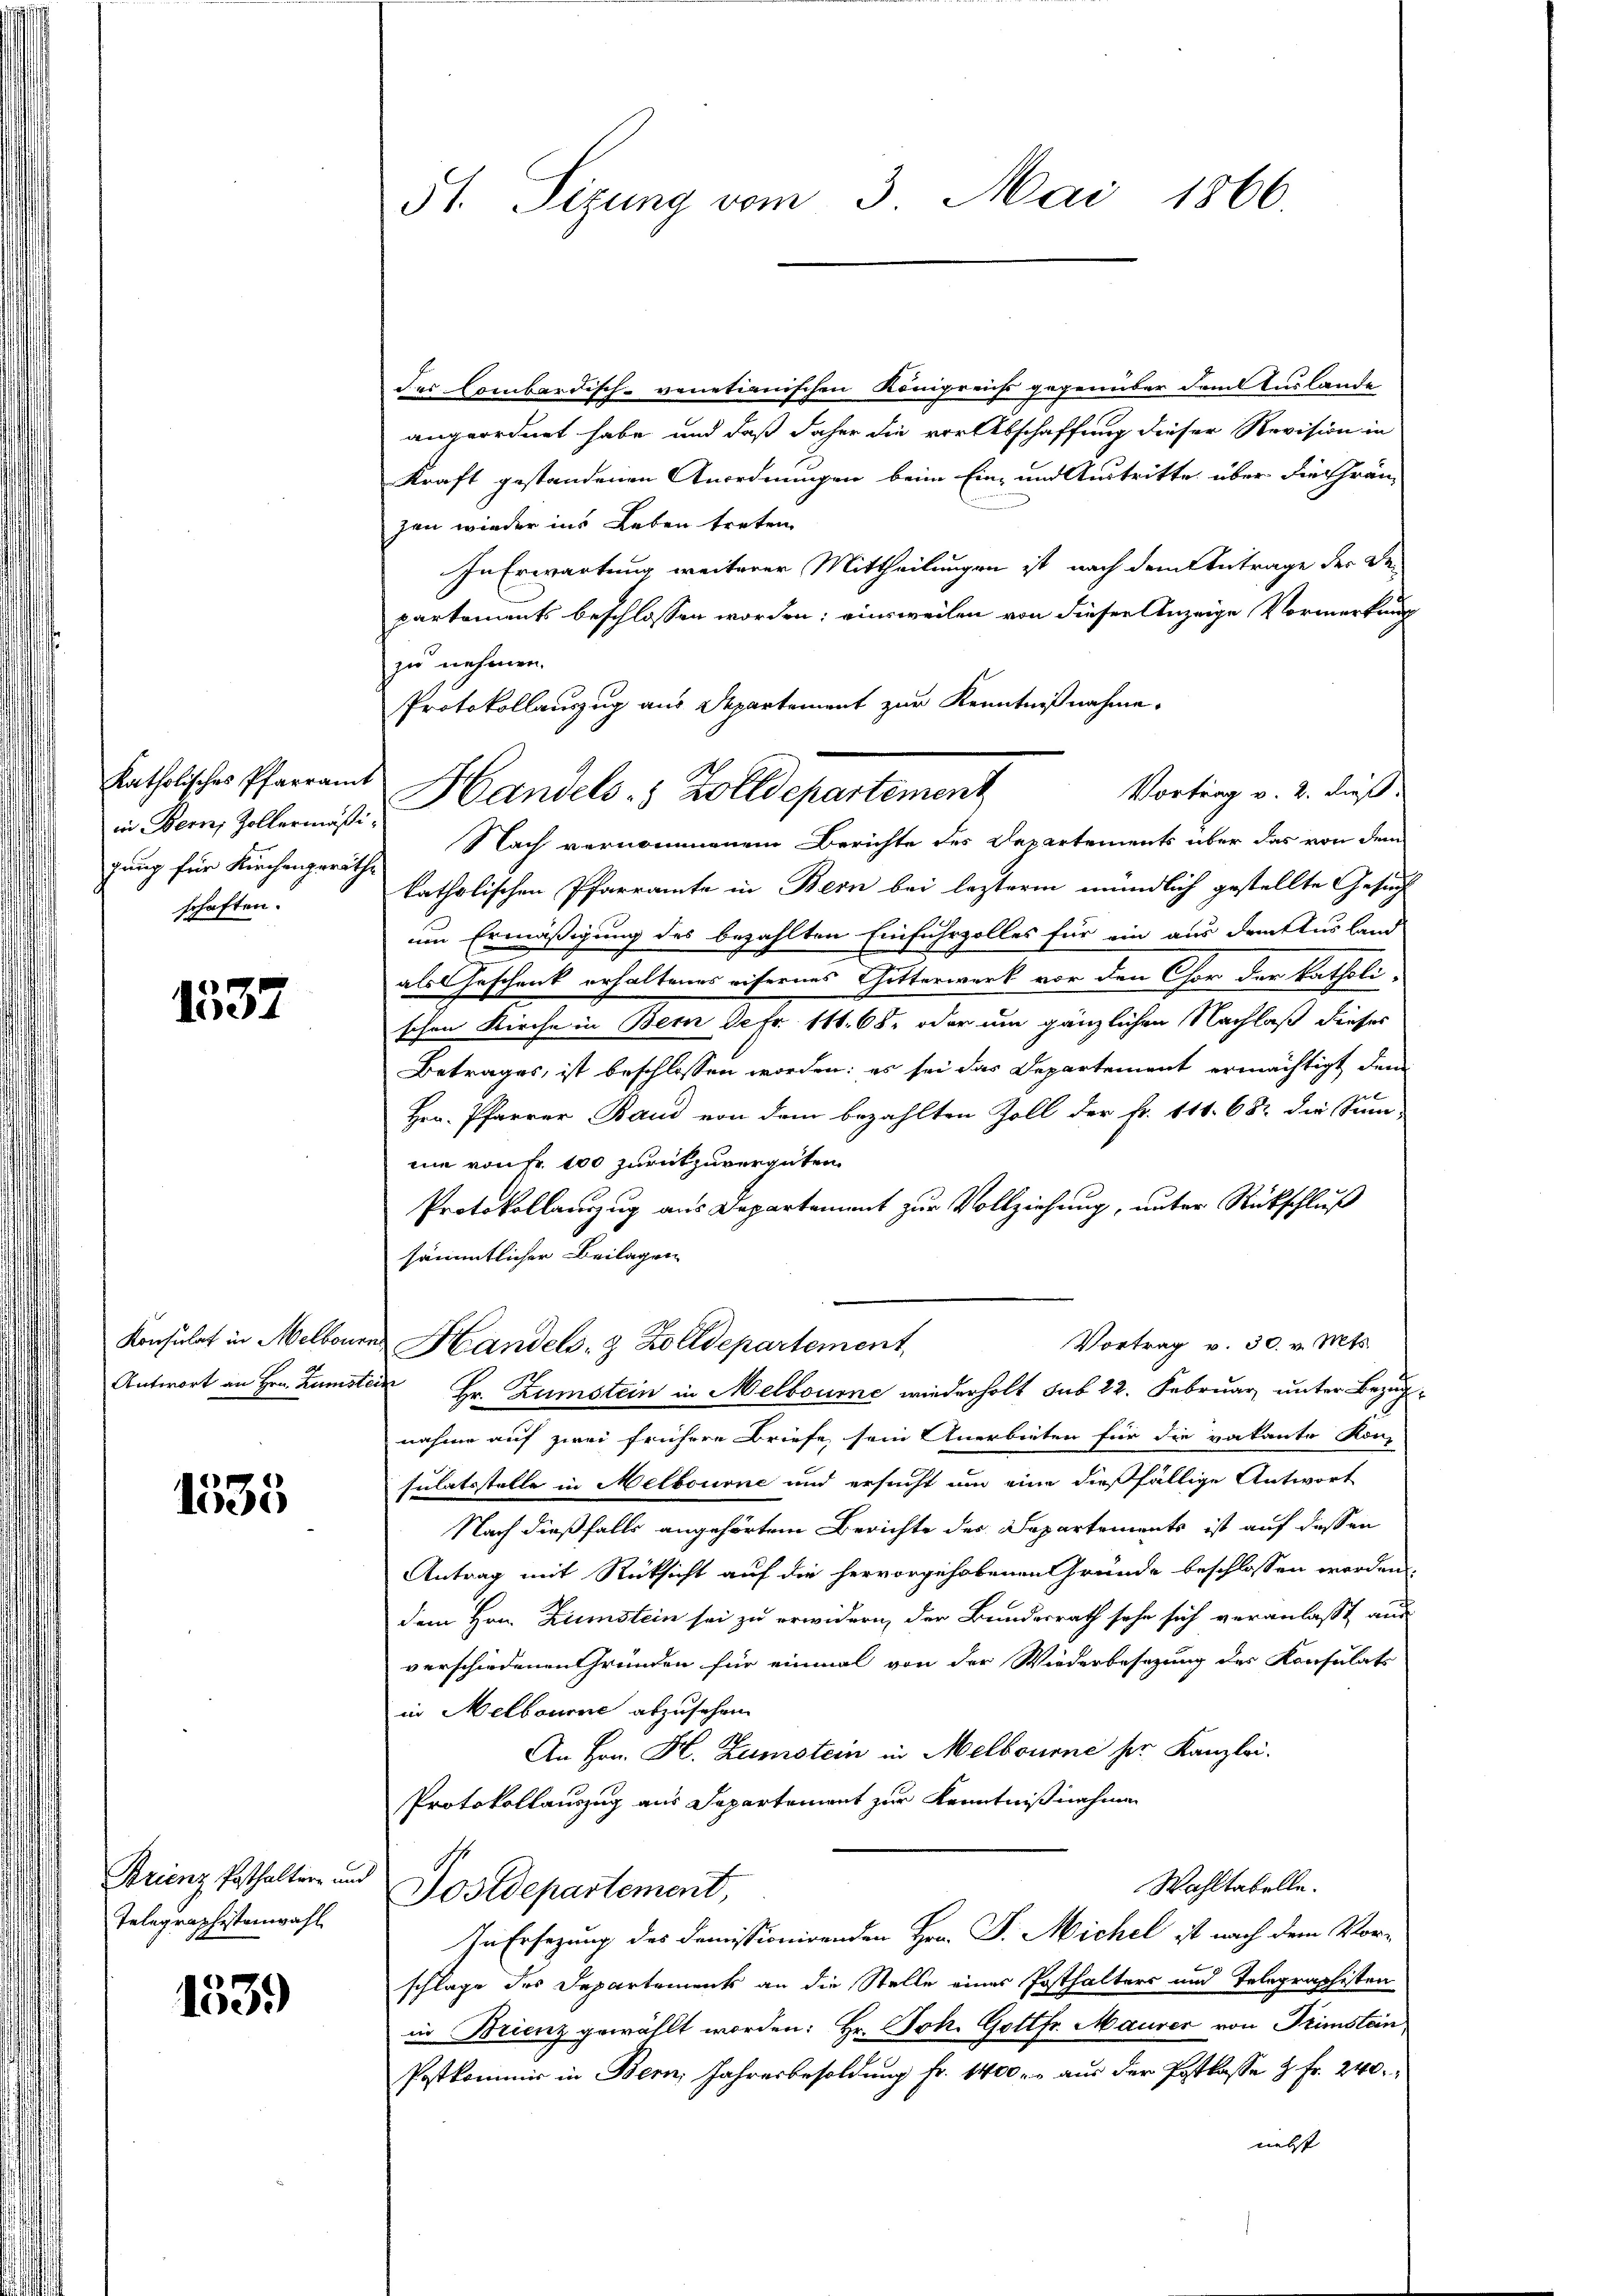
katholisches Pfarramt
in Bern, Zollermäßigung für Kirchengeräthe
schaften.

1537

1535

Brienz Posthalter und
Telegraphistenwahl

1539

St. Sizung vom 3. Mai 1866.

des Combardisch-venetianischen Königreichs gegenüber dem Auslande
angeordnet habe und daß daher die vorabschaffung dieser Revision in
Kraft gestandenen Anordnungen beim Ein- und Austritte über die Thrän-
zen wieder ins Leben treten.
In Erwartung weiterer Mittheilungen ist nach dem Antrage der De-
partements beschlossen worden; einsweilen von dieser Anzeige Vormerkung
zu nehmen.
Protokollauszug aus Departement zur Kenntnißnahme.
Vortrag v. 2. dieß.
Nach vernommenem Berichte des Departements über das von dem
katholischen Pfarramte in Bern bei lezterm mündlich gestellte Gesuch
um Ermäßigung des bezahlten Einfuhrzolles für ein aus Draktes land
als Geschenk erhaltenes eifernes Gitterwerk vor den Chor der katholischen Kirche in Bern de Fr. 111. 68. oder um gänzlichen Nachlaß dieses
Betrages, ist beschlossen worden; es sei das Departement ermächtigt, dem
24 x
Hrn. Pfarrer Band von dem bezahlten Zoll der Fr. 111. 682 die Summ-
nie von Fr. 100 zurückzuvergüten.
Protokollanzug aus Departement zur Vollziehung, unter Rückschluß
sämmtlicher Beilagen
Konsulat in Melboures Handels- & Zolldepartement,
Vortrag v. 30. v. Mts.
Antwort an Hrn. Zumstein Hr. Zumstein in Melbourne wiederholt sub 22. Februar unter Bezugnahme auf zwei frühere Briefe, sein Anerbieten für die vakante Kon-
sulatsstelle in Melbourne und ersucht um eine dießfällige Antwort
Nach dießfalls angehörtem Berichte der Departements ist auf dessen
Antrag mit Rücksicht auf die hervorgehobenen Gründe beschlossen werden,
dem Hrn. Zumstein sei zu erwidern, der Bundesrath sehe sich veranlasst aus
verschiedenen Gründen für einmal von der Wiederbesezung der Konsulats
in Melbourne abzusehen.
An Hrn. H. Zumstein in Melbourne her Kanzlei.
Protokollauszug aus Separtement zur Kenntnißnahmen
3
Wahltabelle.
Postdepartement,
In Ersezung des demissionirenden Hrn. P. Michel ist nach dem Vorschlage des Departements an die Stelle eines Posthalters und Telegraphisten
in Brienz gewählt worden: Hr. Joh. Gottfr. Maurer von Primstein
Postkommis in Bern, Jahresbesoldung fr. 1400 r. aus der Postkasse & Fr. 240.
nebst

Handels- & Zolldepartement